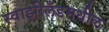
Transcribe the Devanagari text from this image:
स्वाझीलँडमधील